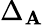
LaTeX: \Delta_{\mathbf{A}}